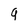
Character: 9